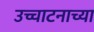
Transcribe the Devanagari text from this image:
उच्चाटनाच्या